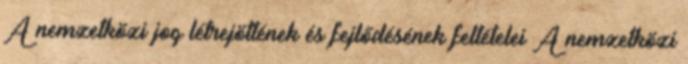
A nemzetközi jog létrejöttének és fejlődésének feltételei A nemzetközi